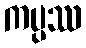
ကပ္ပဿ